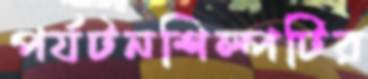
পর্যটনশিল্পটির